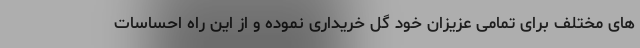
های مختلف برای تمامی عزیزان خود گل خریداری نموده و از این راه احساسات